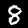
Digit: 8